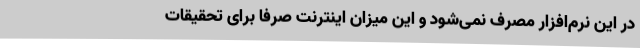
در این نرم‌افزار مصرف نمی‌شود و این میزان اینترنت صرفاً برای تحقیقات